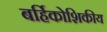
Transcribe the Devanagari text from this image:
बर्हिकोशिकीय